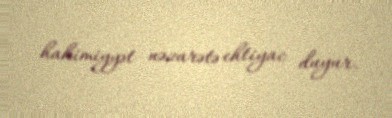
hakimiyyət nəzarətə ehtiyac duyur.